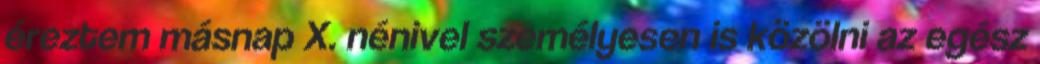
éreztem másnap X. nénivel személyesen is közölni az egész